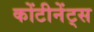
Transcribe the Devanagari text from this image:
कोंटीनेंट्स